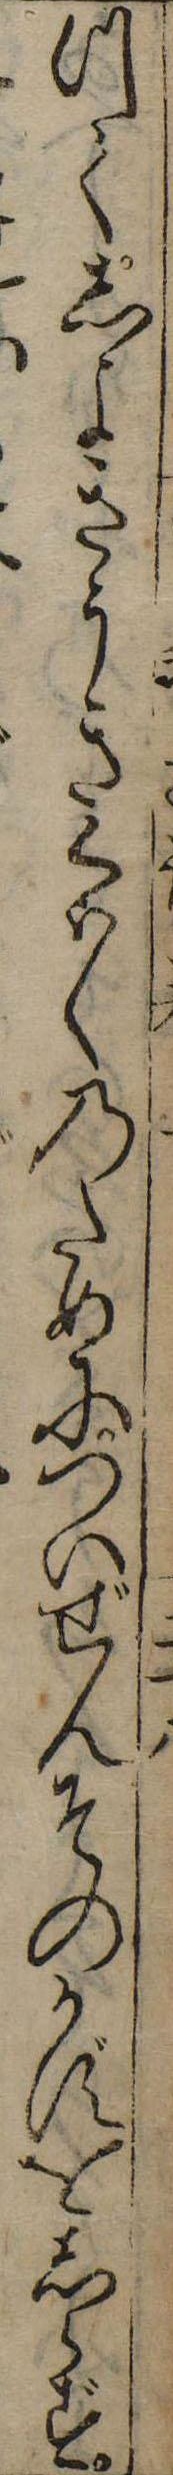
つてしよきうきくはくのためについぜんそのかずをしらず